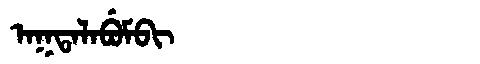
Manchu: ᠠᡴᡨᠠᠯᠠᠪᡠᠮᠪᡳ
Romanization: AKTALABUMBI